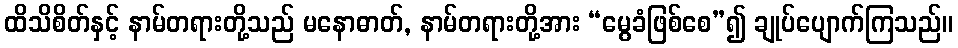
ထိသိစိတ်နှင့် နာမ်တရားတို့သည် မနောဓာတ်, နာမ်တရားတို့အား “မွေခံဖြစ်စေ”၍ ချုပ်ပျောက်ကြသည်။